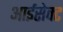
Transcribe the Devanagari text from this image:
आईसेक्ट